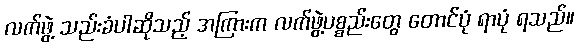
လက်ဖွဲ့ သည်းခံပါဆိုသည့် အကြားက လက်ဖွဲ့ပစ္စည်းတွေ တောင်ပုံ ရာပုံ ရသည်။